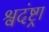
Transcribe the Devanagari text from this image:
श्वदंष्ट्रा